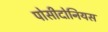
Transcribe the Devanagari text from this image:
पोसीदोनियस